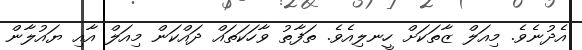
އެދުނެވެ. މިއަލް ޒާތަކަށް ހީނލިއެވެ. ތަފާތު ވާހަކަތައް ދައްކަން މިއަލް އާއި ޔައުލާން